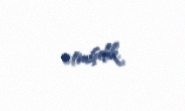
etmişdik.